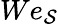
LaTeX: We_{\mathcal{S}}